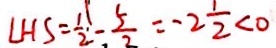
L H S = \frac { 1 } { 2 } - \frac { 5 } { 2 } = - 2 \frac { 1 } { 2 } < 0